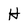
Character: H